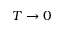
T \to 0